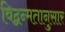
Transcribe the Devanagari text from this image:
विद्वन्मतानुसार